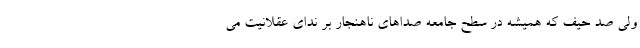
ولی صد حیف که همیشه در سطح جامعه صداهای ناهنجار بر ندای عقلانیت می